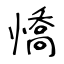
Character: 憍